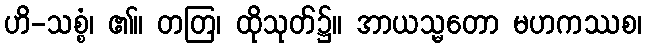
ဟိ-သစ္စံ၊ ၏။ တတြ၊ ထိုသုတ်၌။ အာယသ္မတော မဟကဿစ၊